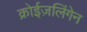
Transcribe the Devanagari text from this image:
क्रोईज़लिंगेन